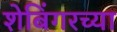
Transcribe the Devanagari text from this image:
शेबिंगरच्या